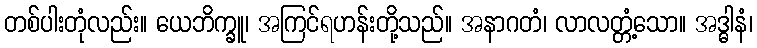
တစ်ပါးတုံလည်း။ ယေဘိက္ခူ၊ အကြင်ရဟန်းတို့သည်။ အနာဂတံ၊ လာလတ္တံ့သော။ အဒ္ဓါနံ၊